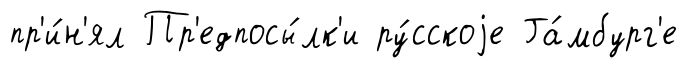
пр'и́н'ял Пр'едпосы́лк'и ру́сскоjе Га́мбург'е